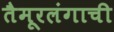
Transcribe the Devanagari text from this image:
तैमूरलंगाची